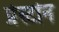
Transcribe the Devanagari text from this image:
प्रेस्टोन